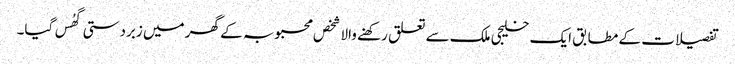
تفصیلات کے مطابق ایک خلیجی ملک سے تعلق رکھنے والا شخص محبوبہ کے گھر میں زبردستی گھُس گیا۔